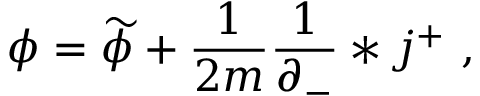
\phi = \widetilde { \phi } + \frac { 1 } { 2 m } \frac { 1 } { \partial _ { - } } * j ^ { + } \ ,